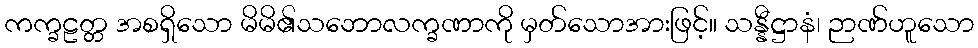
ကက္ခဠတ္တ အစရှိသော မိမိ၏သဘောလက္ခဏာကို မှတ်သောအားဖြင့်။ သန္နီဋ္ဌာနံ၊ ဉာဏ်ဟူသော